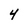
Character: 4